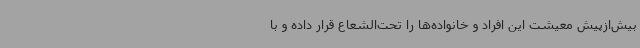
بیش‌ازپیش معیشت این افراد و خانواده‌ها را تحت‌الشعاع قرار داده و با